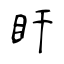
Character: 盰